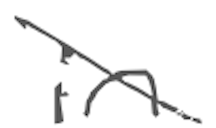
Text: in
Cross-out: diagonal
Writing tool: digital_gray